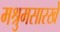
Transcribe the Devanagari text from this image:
मश्रुमसारखे